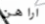
اراهن